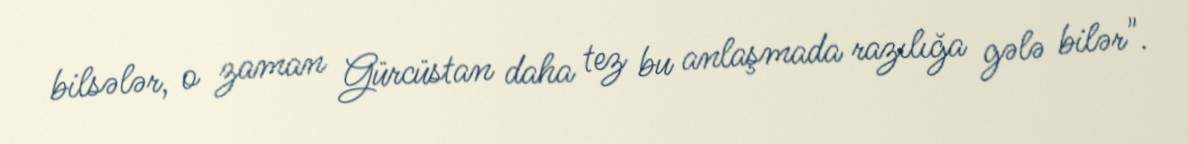
bilsələr, o zaman Gürcüstan daha tez bu anlaşmada razılığa gələ bilər".